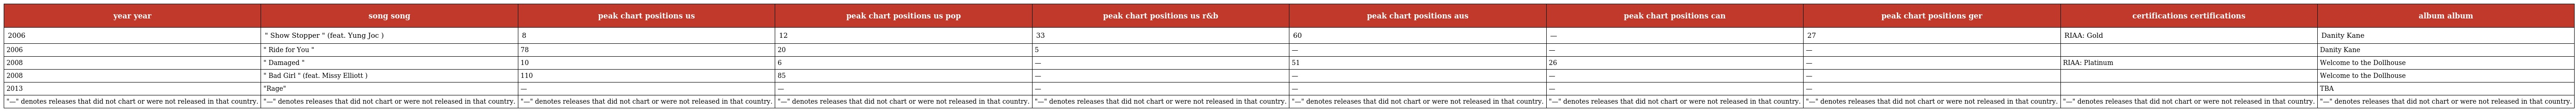
| year year | song song | peak chart positions us | peak chart positions us pop | peak chart positions us r&b | peak chart positions aus | peak chart positions can | peak chart positions ger | certifications certifications | album album |
 | --- | --- | --- | --- | --- | --- | --- | --- | --- | --- |
 | 2006 | " Show Stopper " (feat. Yung Joc ) | 8 | 12 | 33 | 60 | — | 27 | RIAA: Gold | Danity Kane |
 | 2006 | " Ride for You " | 78 | 20 | 5 | — | — | — |  | Danity Kane |
 | 2008 | " Damaged " | 10 | 6 | — | 51 | 26 | — | RIAA: Platinum | Welcome to the Dollhouse |
 | 2008 | " Bad Girl " (feat. Missy Elliott ) | 110 | 85 | — | — | — | — |  | Welcome to the Dollhouse |
 | 2013 | "Rage" | — | — | — | — | — | — |  | TBA |
 | "—" denotes releases that did not chart or were not released in that country. | "—" denotes releases that did not chart or were not released in that country. | "—" denotes releases that did not chart or were not released in that country. | "—" denotes releases that did not chart or were not released in that country. | "—" denotes releases that did not chart or were not released in that country. | "—" denotes releases that did not chart or were not released in that country. | "—" denotes releases that did not chart or were not released in that country. | "—" denotes releases that did not chart or were not released in that country. | "—" denotes releases that did not chart or were not released in that country. | "—" denotes releases that did not chart or were not released in that country. |